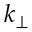
k _ { \perp }